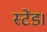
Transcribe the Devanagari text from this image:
स्टेंड।